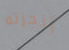
أنجزته